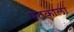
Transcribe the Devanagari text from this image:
षटकाला